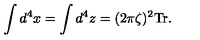
\int d ^ { 4 } x = \int d ^ { 4 } z = ( 2 \pi \zeta ) ^ { 2 } \mathrm { T r } .